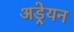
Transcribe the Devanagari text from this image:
अड्रेयन